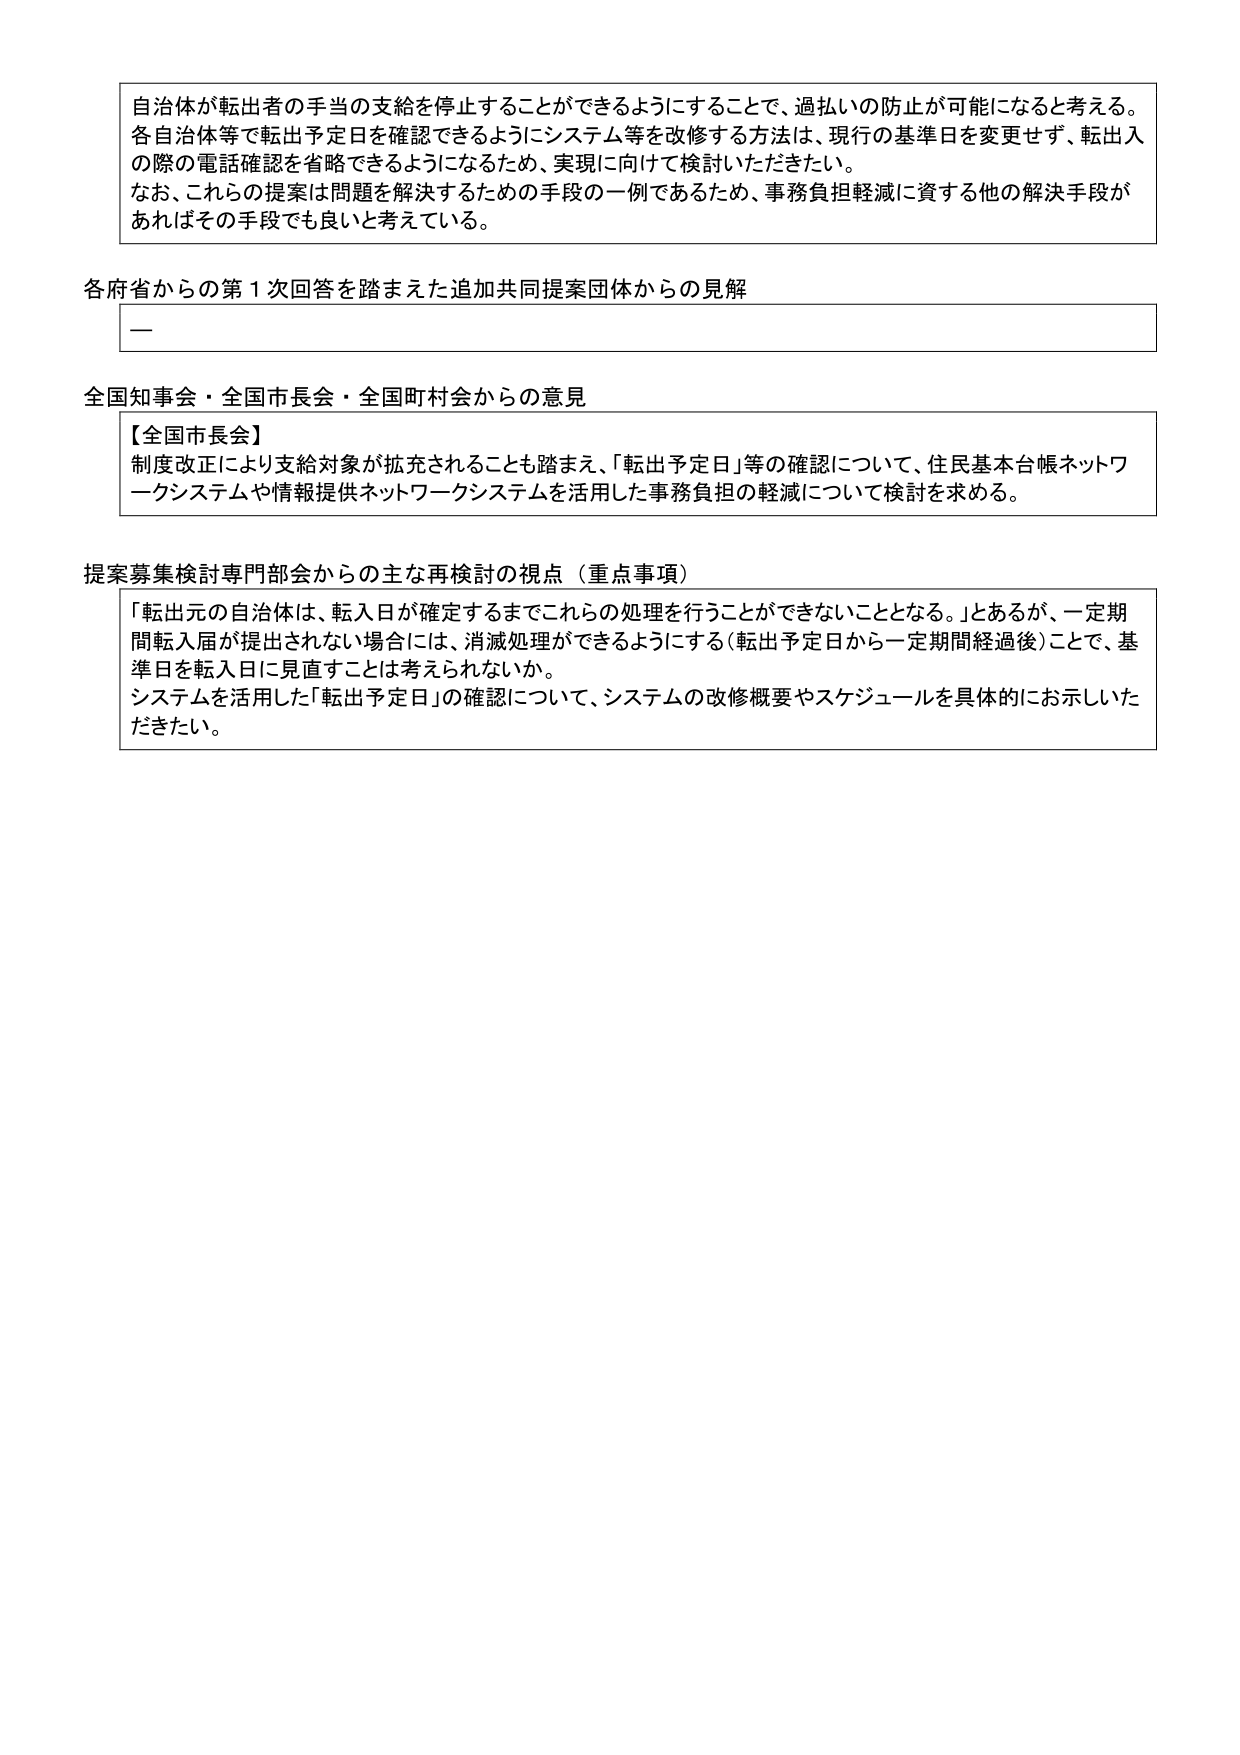
自治体が転出者の手当の支給を停止することができるようすることで、過払いの防止が可能になると考える。
各自治体等で転出予定日を確認できるようにシステム等を改修する方法は、現行の基準日を変更せず、転出入の際の電話確認を省略できるようになるため、実現に向けて検討いただきたい。
なお、これらの提案は問題を解決するための手段の一例であるため、事務負担軽減に資する他の解決手段があればその手段でも良いと考えている。

各府省からの第１次回答を踏まえた追加共同提案団体からの見解
—

全国知事会・全国市長会・全国町村会からの意見
【全国市長会】
制度改正により支給対象が拡充されることも踏まえ、「転出予定日」等の確認について、住民基本台帳ネットワークシステムや情報提供ネットワークシステムを活用した事務負担の軽減について検討を求める。

提案募集検討専門部会からの主な再検討の視点（重点事項）
「転出元の自治体は、転入日が確定するまでこれらの処理を行うことができないこととなる。」とあるが、一定期間転入届が提出されない場合には、消滅処理ができるようにする（転出予定日から一定期間経過後）ことで、基準日を転入日に見直すことは考えられないか。
システムを活用した「転出予定日」の確認について、システムの改修概要やスケジュールを具体的にお示しいただきたい。